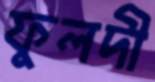
ফুলদী